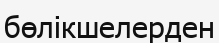
бөлікшелерден